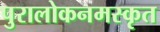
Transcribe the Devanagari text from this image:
पुरालोकनमस्कृत